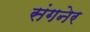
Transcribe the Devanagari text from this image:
संगनेर